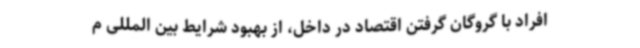
افراد با گروگان گرفتن اقتصاد در داخل، از بهبود شرایط بین المللی م